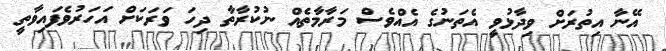
އޭނާ އިތުރަށް ވިދާޅުވީ އެތަނުގެ އެއްވެސް މަރާމާތެއް ނުކުރާތާ ދިހަ ވަރަކަށް އަހަރުވެފައިވާތީ